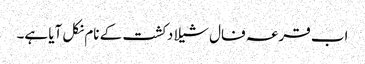
اب قرعہ فال شیلا دکشت کے نام نکل آیا ہے۔